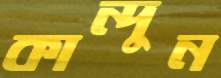
কান্দুন